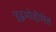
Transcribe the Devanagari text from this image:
युद्धमोहीमेत